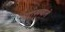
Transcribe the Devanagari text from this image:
सूराखवाले